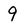
Character: 9